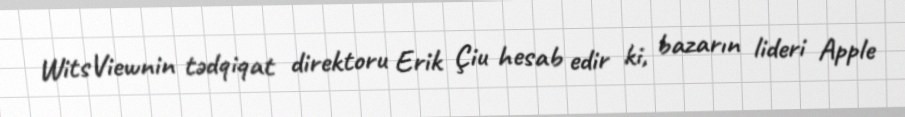
WitsViewnin tədqiqat direktoru Erik Çiu hesab edir ki, bazarın lideri Apple